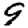
Digit: 9